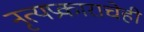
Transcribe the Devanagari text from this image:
नृत्यप्रकाराचेही